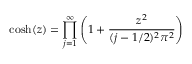
\cosh ( z ) = \prod _ { j = 1 } ^ { \infty } \left( 1 + \frac { z ^ { 2 } } { ( j - 1 / 2 ) ^ { 2 } \pi ^ { 2 } } \right)